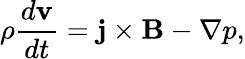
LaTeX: \rho\frac{d{\mathbf{v}}}{dt}=\mathbf{j}\times\mathbf{B}-\nabla p,